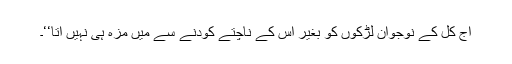
آج کل کے نوجوان لڑکوں کو بغیر اس کے ناچتے کودنے سے میں مزہ ہی نہیں آتا‘‘۔